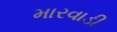
મારવાડી